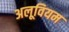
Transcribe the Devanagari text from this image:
अलूवियम